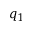
q _ { 1 }